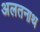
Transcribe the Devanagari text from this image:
अलतनाथ